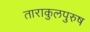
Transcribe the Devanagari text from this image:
ताराकुलपुरुष